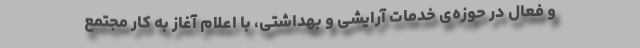
و فعال در حوزه‌ی خدمات آرایشی و بهداشتی، با اعلام آغاز به کار مجتمع